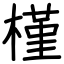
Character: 槿